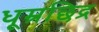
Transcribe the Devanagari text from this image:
धूम्रछिद्र